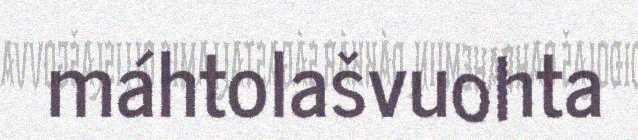
máhtolašvuohta